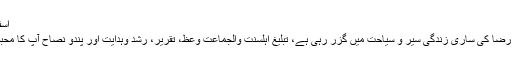
اسفار غیر ممالک
مولانا توصیف رضا کی ساری زندگی سیر و سیاحت میں گزر رہی ہے، تبلیغ اہلسنت والجماعت وعظ، تقریر، رشد وہدایت اور پندو نصاح آپ کا محبوب مشغلہ ہے۔